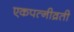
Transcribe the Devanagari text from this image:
एकपत्नीव्रती